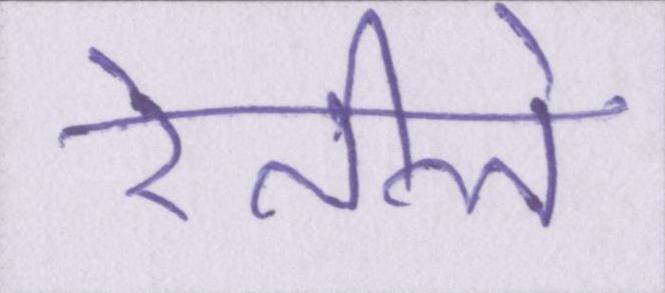
रेतीले